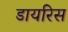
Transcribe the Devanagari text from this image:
डायरिस